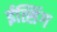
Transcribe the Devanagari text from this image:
ईत्सिंग